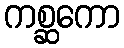
ကစ္ဆကော